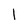
Character: 1